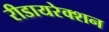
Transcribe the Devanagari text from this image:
रीडायरेक्शन